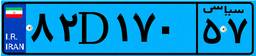
۲۴D۱۲۹۱۹